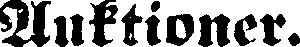
Auktioner.